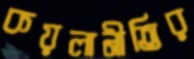
কয়লানীতির